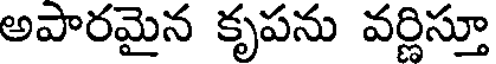
అపారమైన కృపను వర్ణిస్తూ